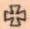
+